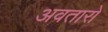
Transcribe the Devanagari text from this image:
अवतारो